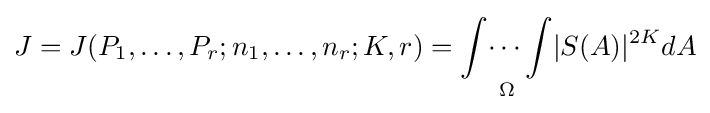
J=J(P_{1},\dots ,P_{r};n_{1},\dots ,n_{r};K,r)={\underset {\Omega }{\int \dots \int }}|S(A)|^{2K}dA